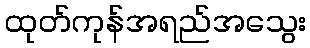
ထုတ်ကုန်အရည်အသွေး